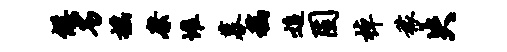
候劣摇縻堆募稿追固棹稼失